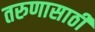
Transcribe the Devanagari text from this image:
तरुणासाठी